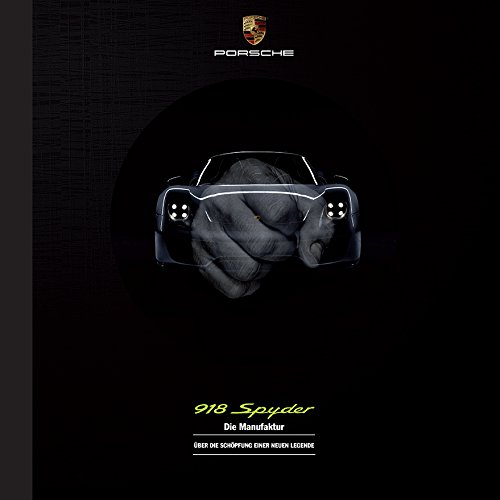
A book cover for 918 Spyder - The Manufacture: About the Creation of a New Legend (English and German Edition); Engineering & Transportation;